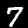
Digit: 7